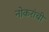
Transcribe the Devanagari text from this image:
नोकरांची